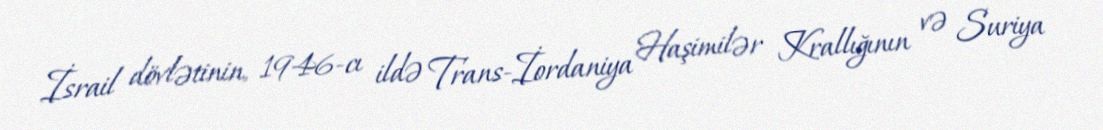
İsrail dövlətinin, 1946-cı ildə Trans-İordaniya Haşimilər Krallığının və Suriya